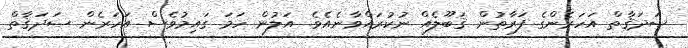
ޞަދަޤާތް އަހަރެންގެ ފަރާތުން ޤަބޫލެއް ނުކުރައްވާނެއެވެ. އަލުން ހަމަ ގައިމުވެސް އަހަރެން ޞަދަޤާތް